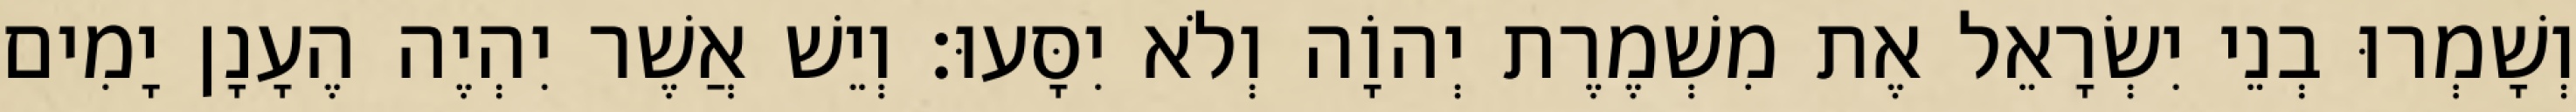
וְשָׁמְרוּ בְנֵי יִשְׂרָאֵל אֶת מִשְׁמֶרֶת יְהוָֹה וְלֹא יִסָּעוּ׃ וְיֵשׁ אֲשֶׁר יִהְיֶה הֶעָנָן יָמִים